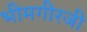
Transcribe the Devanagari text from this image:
भीमगीरजी